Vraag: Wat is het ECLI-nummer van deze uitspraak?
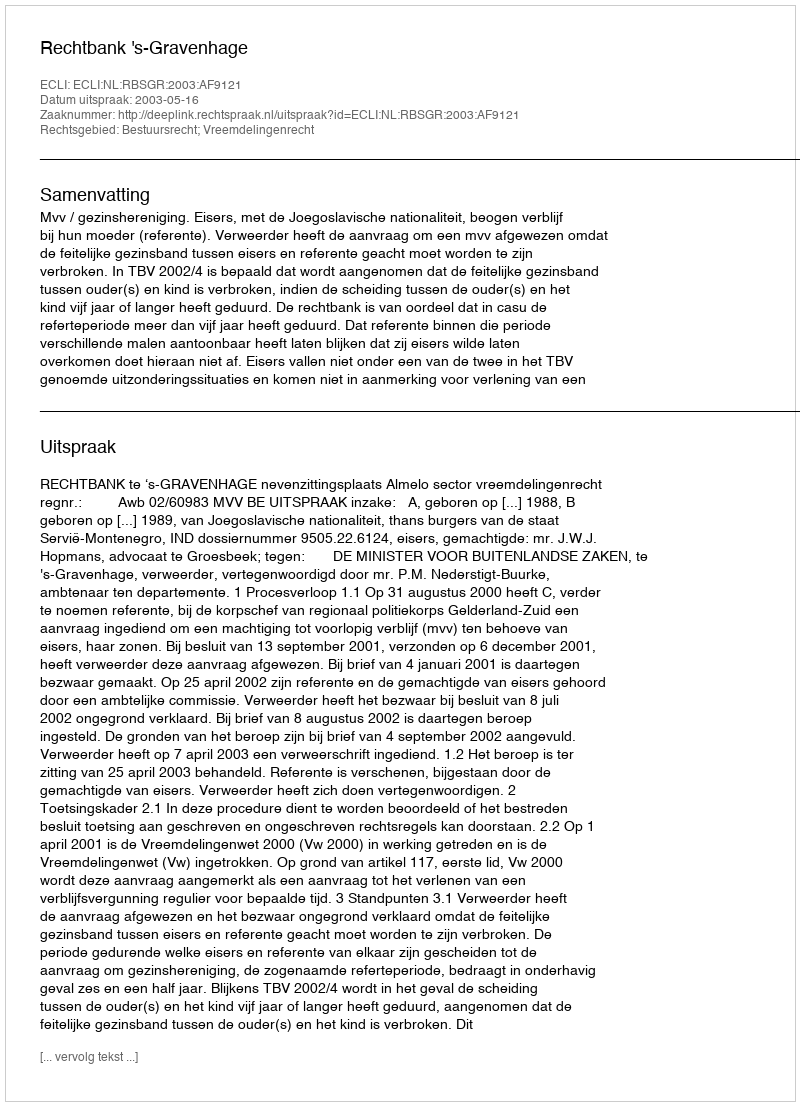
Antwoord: ECLI:NL:RBSGR:2003:AF9121